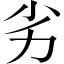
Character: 劣